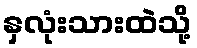
နှလုံးသားထဲသို့